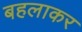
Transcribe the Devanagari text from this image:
बहलाकर